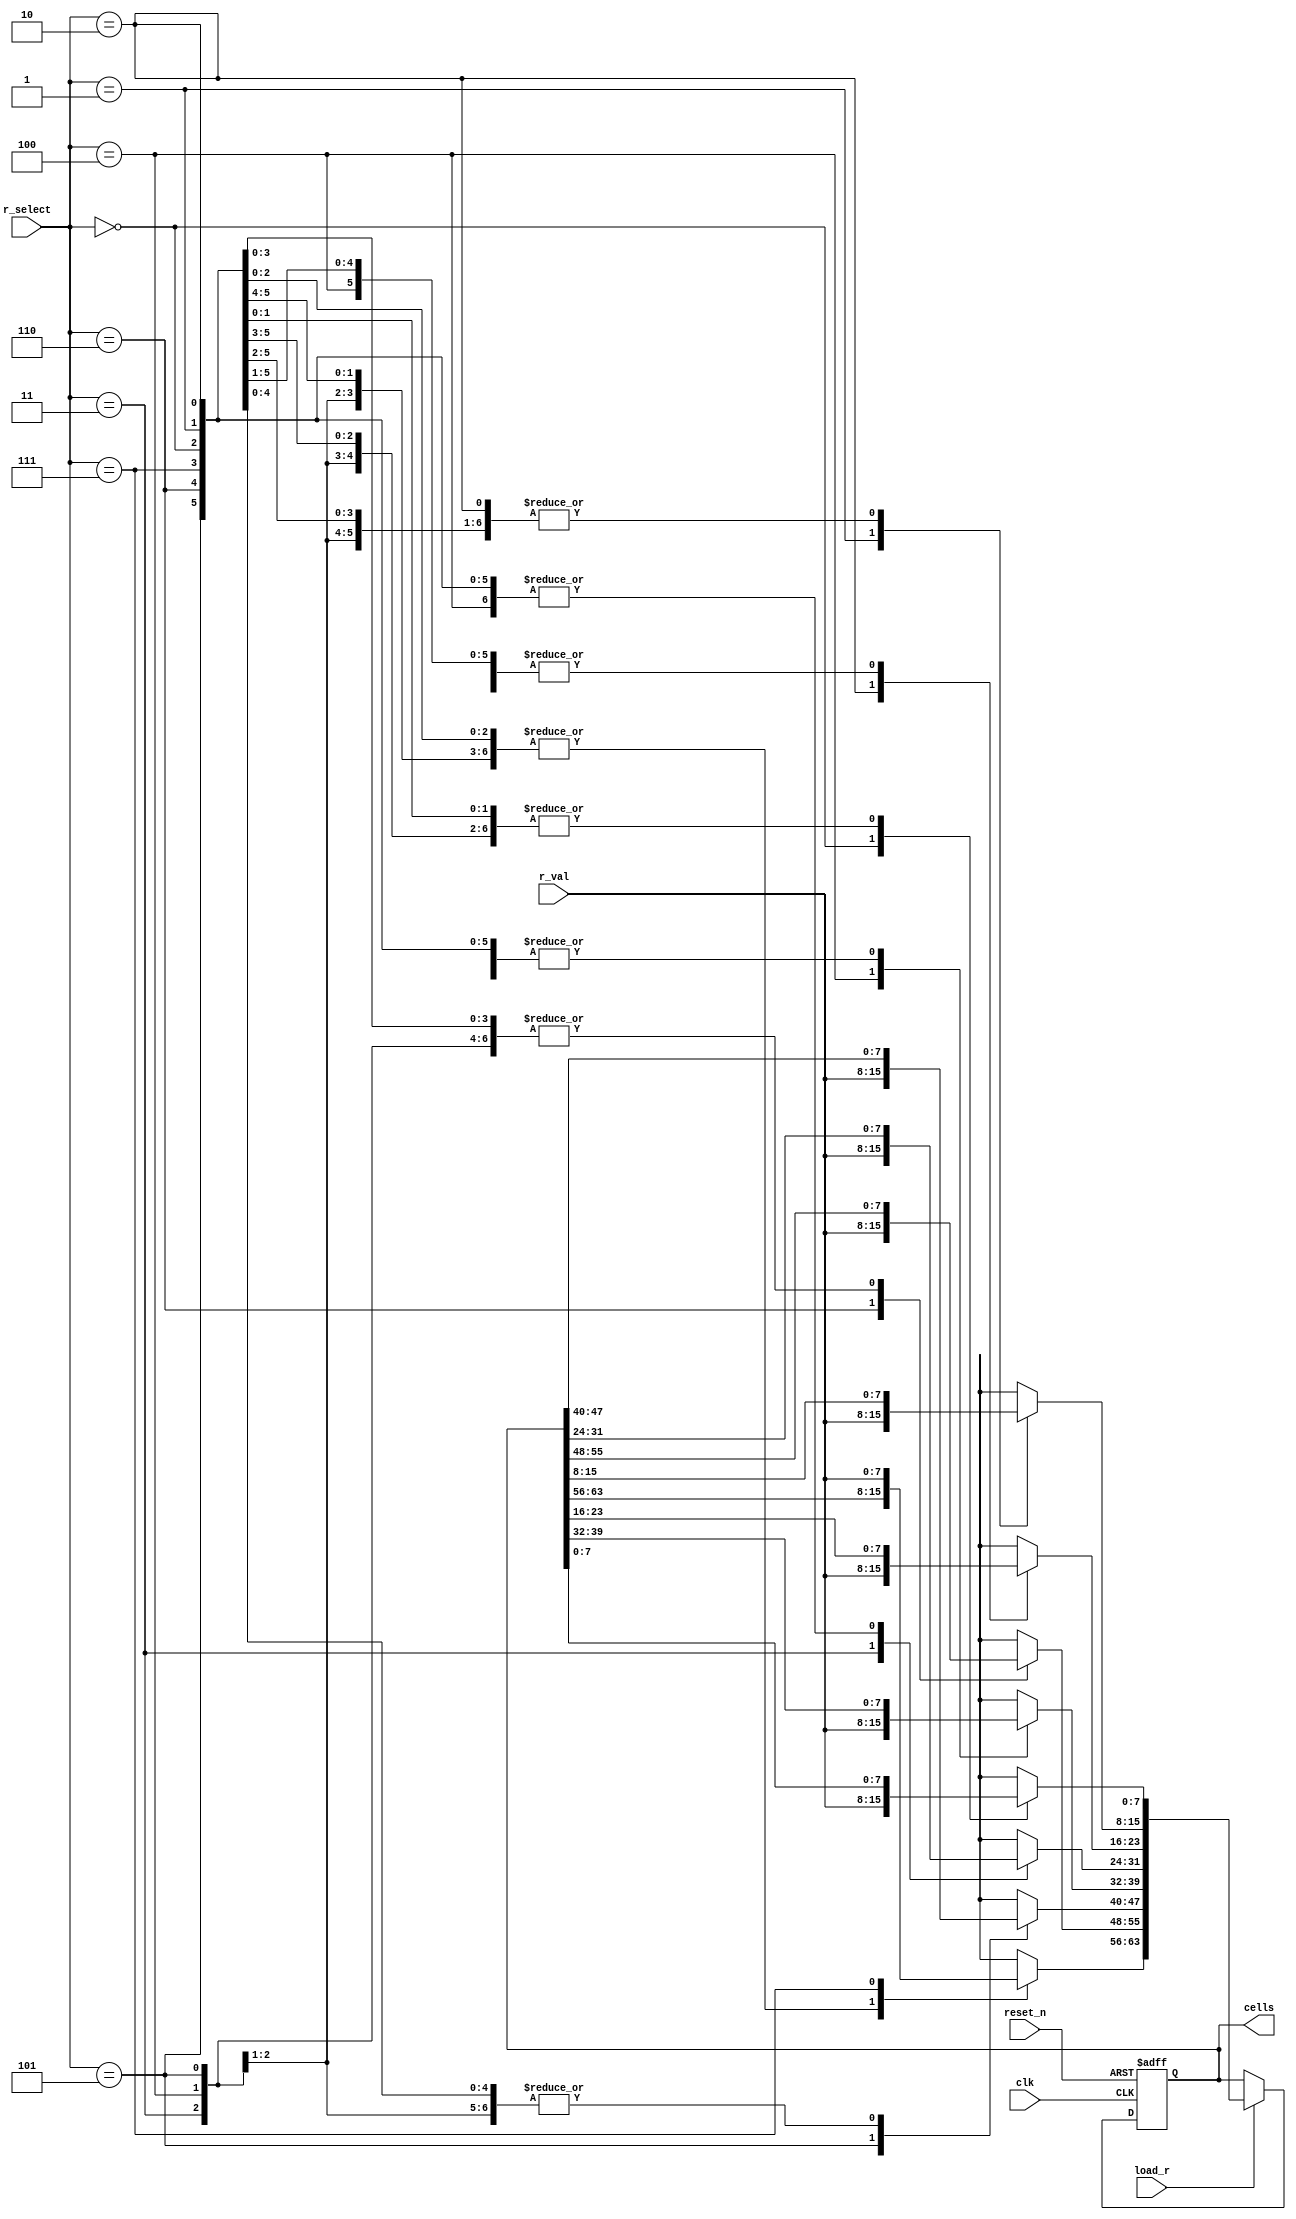
module board(
	input load_r, clk, reset_n,
	input [2:0] r_select,
	input [7:0] r_val,
	output reg [63:0] cells);
	
	always @(posedge clk, negedge reset_n) begin
		if (!reset_n)
			cells <= 0;
		else if (load_r) begin
			case (r_select)
				3'b000: cells[7:0] = r_val[7:0];
				3'b001: cells[15:8] = r_val[7:0];
				3'b010: cells[23:16] = r_val[7:0];
				3'b011: cells[31:24] = r_val[7:0];
				3'b100: cells[39:32] = r_val[7:0];
				3'b101: cells[47:40] = r_val[7:0];
				3'b110: cells[55:48] = r_val[7:0];
				3'b111: cells[63:56] = r_val[7:0];
			endcase
		end
	end

endmodule